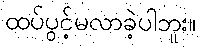
ထပ်ပွင့်မလာခဲ့ပါဘူး။